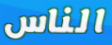
الناس